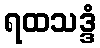
ရထသဒ္ဒံ